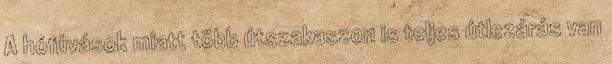
A hófúvások miatt több útszakaszon is teljes útlezárás van